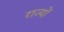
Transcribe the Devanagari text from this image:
राज्योंं